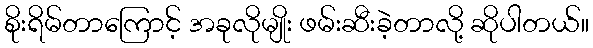
စိုးရိမ်တာကြောင့် အခုလိုမျိုး ဖမ်းဆီးခဲ့တာလို့ ဆိုပါတယ်။